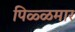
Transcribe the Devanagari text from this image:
पिळ्ळमार